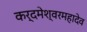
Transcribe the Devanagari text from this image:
कर्दमेश्वरमहादेव